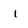
Character: l